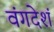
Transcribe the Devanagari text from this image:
वंगदेशं